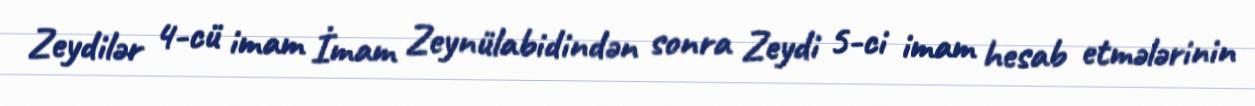
Zeydilər 4-cü imam İmam Zeynülabidindən sonra Zeydi 5-ci imam hesab etmələrinin